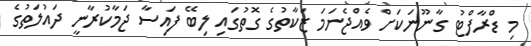
މި ޑްރާފްޓު ގާނޫނަކަށް ވެއްޖެނަމަ ޒަކާތުގެ ގޮތުގައި ލިބޭ ފައިސާ ޖަމާކުރާނީ ދައުލަތުގެ